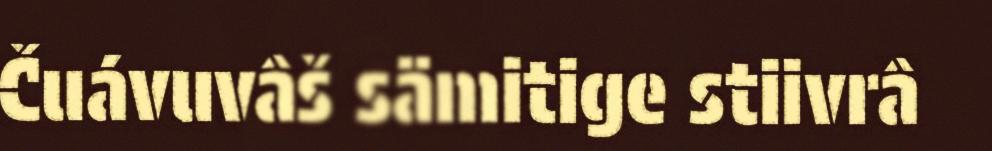
Čuávuvâš sämitige stiivrâ